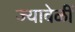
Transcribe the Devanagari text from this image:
ज्यावेळीं